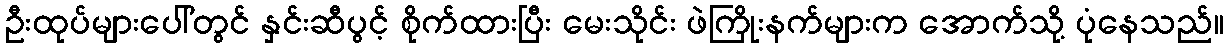
ဦးထုပ်များပေါ်တွင် နှင်းဆီပွင့် စိုက်ထားပြီး မေးသိုင်း ဖဲကြိုးနက်များက အောက်သို့ ပုံနေသည်။